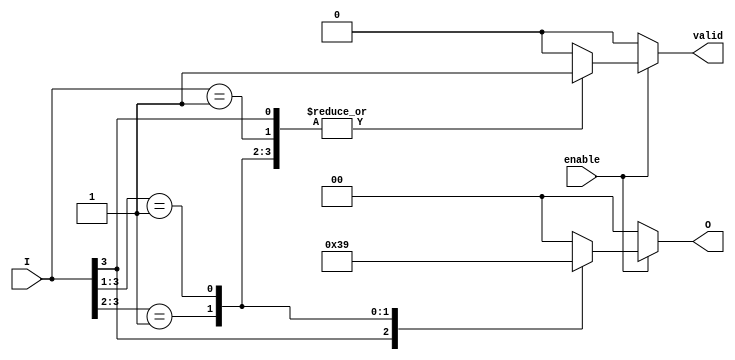
module priority_encoder #(
    parameter N = 4, // Number of inputs
    parameter M = 2  // Number of output bits (for N=4, M=2)
)(
    input  wire [N-1:0] I,      // Input signals
    input  wire enable,          // Enable signal
    output reg  [M-1:0] O,       // Output binary representation
    output reg  valid            // Output valid signal
);

    always @(*) begin
        if (enable) begin
            valid = 1'b0; // Default valid to low
            O = {M{1'b0}}; // Default output to zero
            
            // Check inputs from highest priority to lowest
            casez (I)
                4'b1???: begin O = 2'b11; valid = 1'b1; end // I[3]
                4'b01??: begin O = 2'b10; valid = 1'b1; end // I[2]
                4'b001?: begin O = 2'b01; valid = 1'b1; end // I[1]
                4'b0001: begin O = 2'b00; valid = 1'b1; end // I[0]
                default: begin O = {M{1'b0}}; valid = 1'b0; end // No active input
            endcase
        end else begin
            O = {M{1'b0}}; // If not enabled, output is zero
            valid = 1'b0;  // Valid signal is low
        end
    end

endmodule